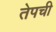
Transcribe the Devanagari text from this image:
तेपची